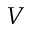
V